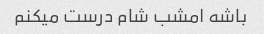
باشه امشب شام درست میکنم